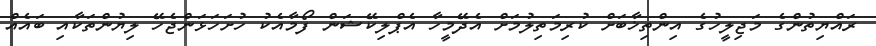
ރައްޔިތުންގެ މަޖިލީހުގެ އިންތިޚާބަށް ކުރިމަތިލުމަށް އެދޭމީހާ އެޕްލިކޭޝަން ފޯމާއެކު ހުށަހަޅަންޖެހޭ ލިޔުންތަކާއި ބައެއް